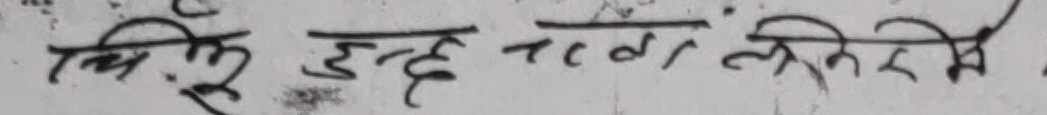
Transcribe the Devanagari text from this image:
सिर्जु इन्द्रा क्लब किर्तिरपुरमे